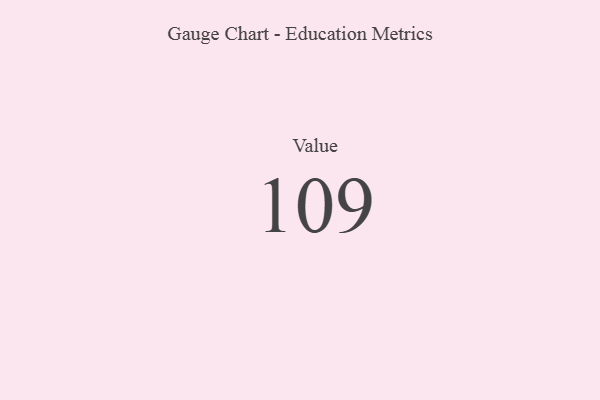
{"axis": {"x": "Metric", "y": "Value"}, "legend": [""], "data": [{"x": "Value", "y": 109, "type": ""}]}